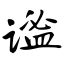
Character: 谧